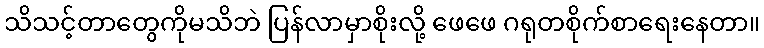
သိသင့်တာတွေကိုမသိဘဲ ပြန်လာမှာစိုးလို့ ဖေဖေ ဂရုတစိုက်စာရေးနေတာ။